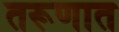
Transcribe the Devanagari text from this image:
तरूणात